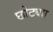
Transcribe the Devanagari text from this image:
छोट्याा